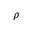
\rho